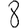
Digit: 8